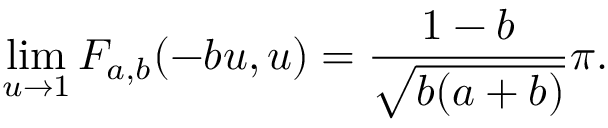
\operatorname* { l i m } _ { u \to 1 } F _ { a , b } ( - b u , u ) = \frac { 1 - b } { \sqrt { b ( a + b ) } } \pi .